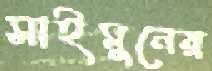
সাইমুনের